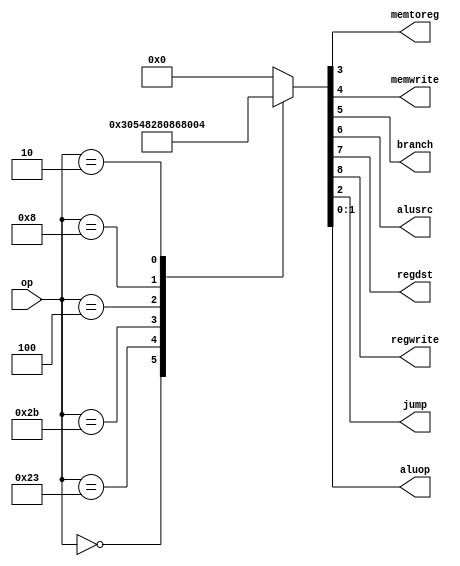
`timescale 1ns / 1ps
//////////////////////////////////////////////////////////////////////////////////
// Company: 
// Engineer: 
// 
// Design Name: 
// Module Name: maindec
// Project Name: 
// Target Devices: 
// Tool Versions: 
// Description: 
// 
// Dependencies: 
// 
// Revision:
// Revision 0.01 - File Created
// Additional Comments:
// 
//////////////////////////////////////////////////////////////////////////////////


module maindec(
	input wire[5:0] op,

	output wire memtoreg,memwrite,
	output wire branch,alusrc,
	output wire regdst,regwrite,
	output wire jump,
	output wire[1:0] aluop
    );
	reg[8:0] controls;
	assign {regwrite,regdst,alusrc,branch,memwrite,memtoreg,jump,aluop} = controls;
	always @(*) begin
		case (op)
			6'b000000:controls <= 9'b110000010;//R-TYRE
			6'b100011:controls <= 9'b101001000;//LW
			6'b101011:controls <= 9'b001010000;//SW
			6'b000100:controls <= 9'b000100001;//BEQ
			6'b001000:controls <= 9'b101000000;//ADDI
			6'b000010:controls <= 9'b000000100;//J
			default:  controls <= 9'b000000000;//illegal op
		endcase
	end
endmodule